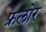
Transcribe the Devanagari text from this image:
फ्रलोर